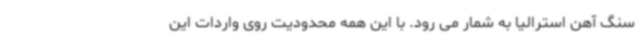
سنگ آهن استرالیا به شمار می رود. با این همه محدودیت روی واردات این